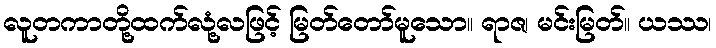
လူတကာတို့ထက်လုံ့လဖြင့် မြတ်တော်မူသော။ ရာဇ၊ မင်းမြတ်။ ယဿ၊